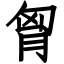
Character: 胷